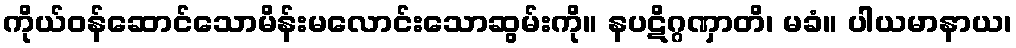
ကိုယ်ဝန်ဆောင်သောမိန်းမလောင်းသောဆွမ်းကို။ နပဋိဂ္ဂဏှာတိ၊ မခံ။ ပါယမာနာယ၊